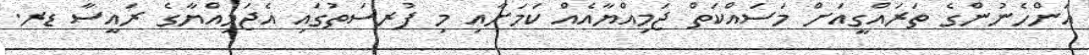
އަންހެނުންގެ ތަރައްގީއަށް މަސައްކަތް ޖަމިއްޔާއެއް ކަމަށާއި މި ފުުރސަތުގައި އެޖަމިއްޔާގެ ރައީސާ ޑރ.